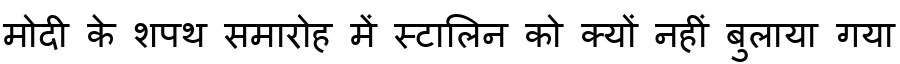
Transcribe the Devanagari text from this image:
मोदी के शपथ समारोह में स्टालिन को क्यों नहीं बुलाया गया